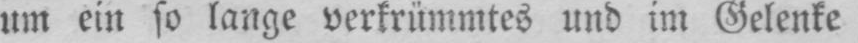
um ein so lange verkrümmtes und im Gelenke